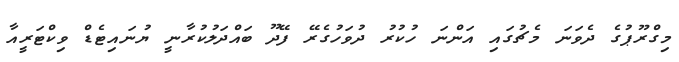
މިގްރޫޕުގެ ދެވަނަ މެޗުގައި އަންނަ ހުކުރު ދުވަހުގެރޭ ފޭދޫ ބައްދަލުކުރާނީ ޔުނައިޓެޑް ވިކްޓަރީއާ